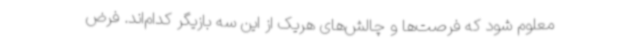
معلوم شود که فرصت‌ها و چالش‌های ‌هریک از این سه بازیگر کدام‌اند. فرض